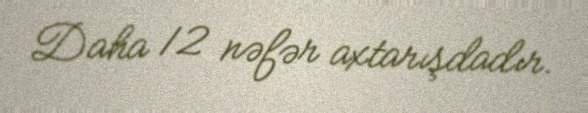
Daha 12 nəfər axtarışdadır.